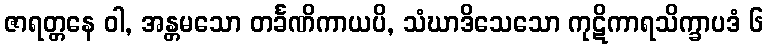
ဇာရတ္တနေ ဝါ, အန္တမသော တင်္ခဏိကာယပိ, သံဃာဒိသေသော ကုဋိကာရသိက္ခာပဒံ ၆